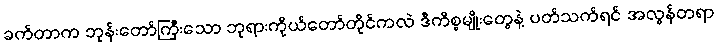
ခက်တာက ဘုန်းတော်ကြီးသော ဘုရားကိုယ်တော်တိုင်ကလဲ ဒီကိစ္စမျိုးတွေနဲ့ ပတ်သက်ရင် အလွန်တရာ